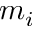
m _ { i }